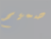
صميم